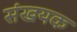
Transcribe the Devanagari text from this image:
संखयक